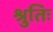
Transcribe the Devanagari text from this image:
श्रुतिः